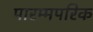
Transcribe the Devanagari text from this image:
पारम्मपरिक